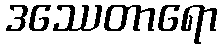
ဒဿေတာရော